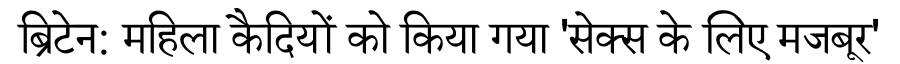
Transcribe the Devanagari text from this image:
ब्रिटेन: महिला कैदियों को किया गया 'सेक्स के लिए मजबूर'